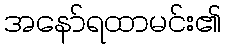
အနော်ရထာမင်း၏